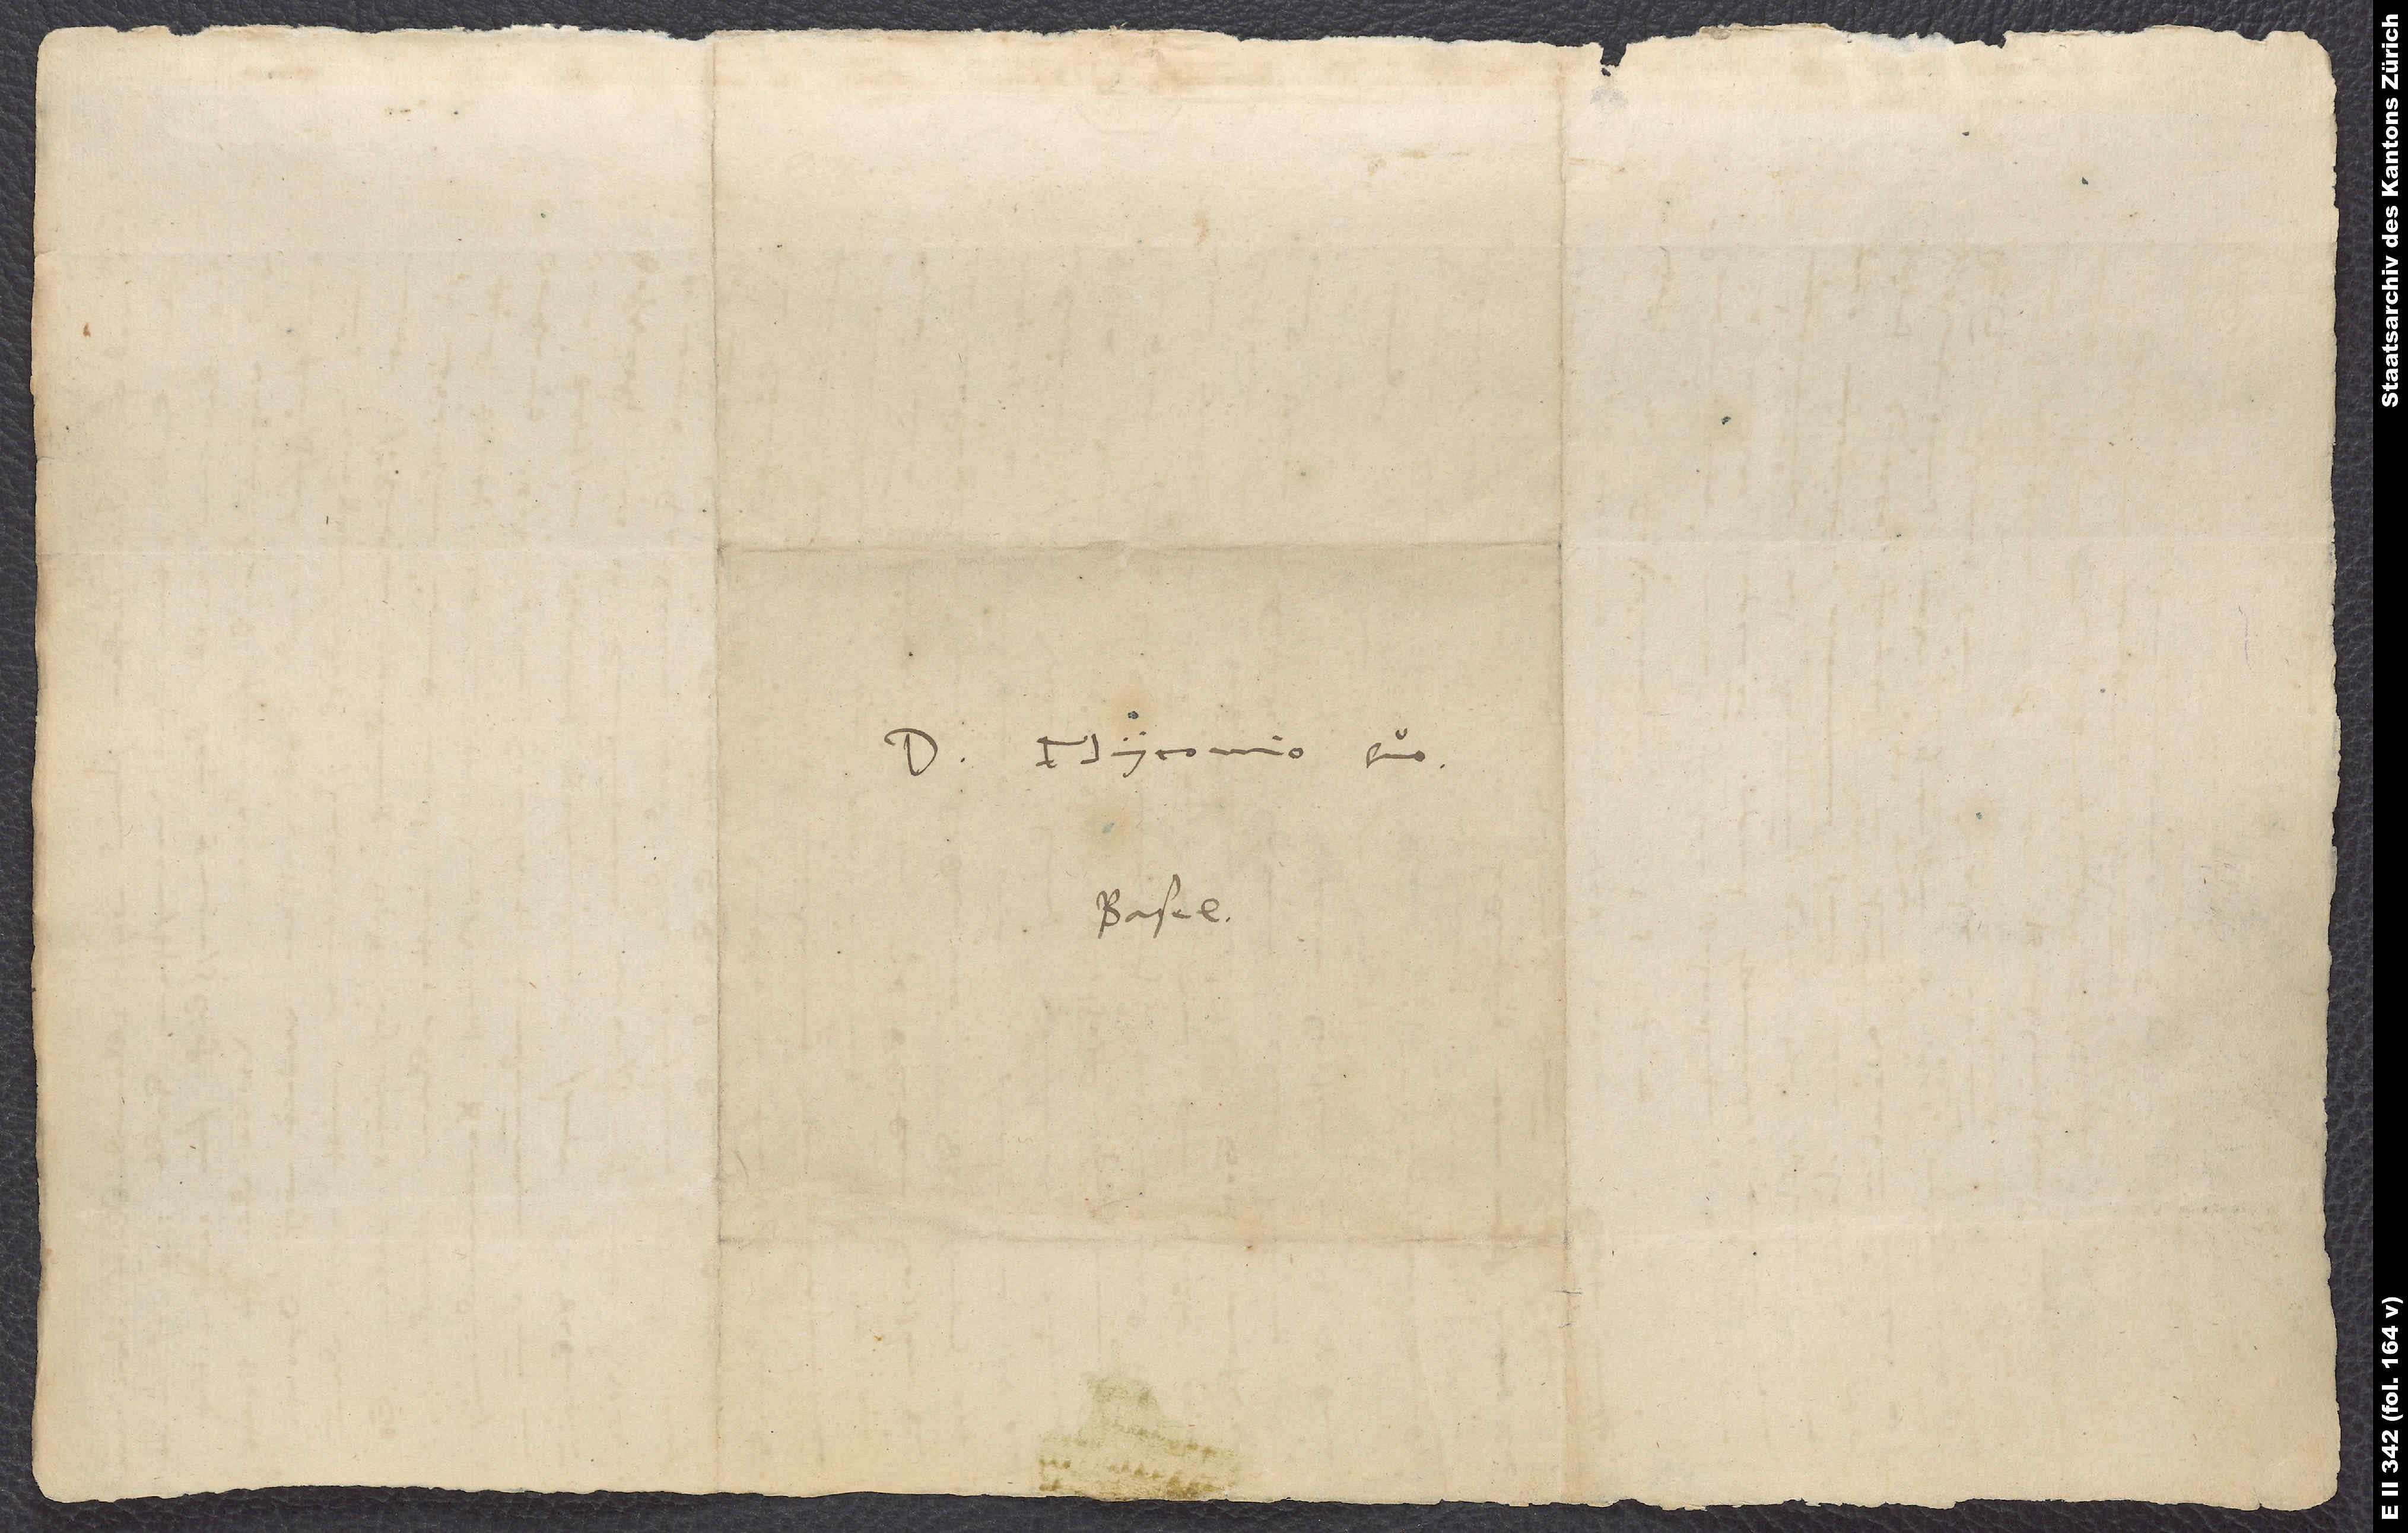
Myconio suo.
Basel.